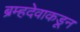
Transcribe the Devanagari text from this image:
ब्रम्हदेवाकडून